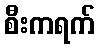
စီးကရက်